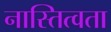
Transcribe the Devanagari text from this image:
नास्तित्वता